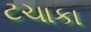
ટચાકા